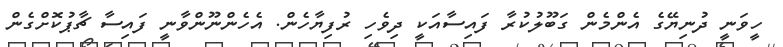
ހީވަނީ ދުނިޔޭގެ އެންމެން ގަބޫލުކުރާ ފައިސާއަކީ ދިވެހި ރުފިޔާހެން. އެހެންނޫންވާނީ ފައިސާ ޗާޕުކޮށްގެން